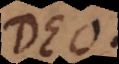
Deo.